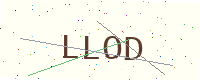
Text: LLOD